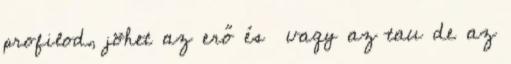
profilod, jöhet az erő és vagy az tau de az